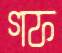
গফ